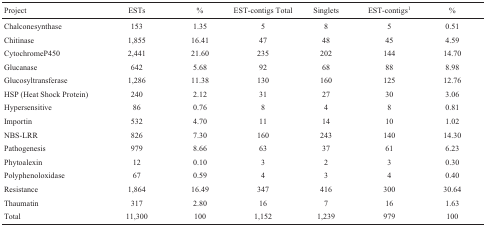
| Project | ESTs | % | EST-contigs Total | Singlets | EST-contigs1 | % |
 | --- | --- | --- | --- | --- | --- | --- |
 | Chalconesynthase | 153 | 1.35 | 5 | 8 | 5 | 0.51 |
 | Chitinase | 1,855 | 16.41 | 47 | 48 | 45 | 4.59 |
 | CytochromeP450 | 2,441 | 21.60 | 235 | 202 | 144 | 14.70 |
 | Glucanase | 642 | 5.68 | 92 | 68 | 88 | 8.98 |
 | Glucosyltransferase | 1,286 | 11.38 | 130 | 160 | 125 | 12.76 |
 | HSP (Heat Shock Protein) | 240 | 2.12 | 31 | 27 | 30 | 3.06 |
 | Hypersensitive | 86 | 0.76 | 8 | 4 | 8 | 0.81 |
 | Importin | 532 | 4.70 | 11 | 14 | 10 | 1.02 |
 | NBS-LRR | 826 | 7.30 | 160 | 243 | 140 | 14.30 |
 | Pathogenesis | 979 | 8.66 | 63 | 37 | 61 | 6.23 |
 | Phytoalexin | 12 | 0.10 | 3 | 2 | 3 | 0.30 |
 | Polyphenoloxidase | 67 | 0.59 | 4 | 3 | 4 | 0.40 |
 | Resistance | 1,864 | 16.49 | 347 | 416 | 300 | 30.64 |
 | Thaumatin | 317 | 2.80 | 16 | 7 | 16 | 1.63 |
 | Total | 11,300 | 100 | 1,152 | 1,239 | 979 | 100 |